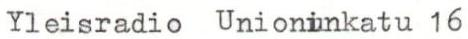
Yleisradio Unioninkatu 16